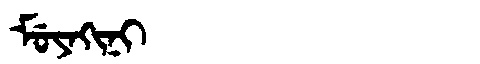
Manchu: ᠮᡠᠶᠠᡴᡳᠨᡳ
Romanization: MUYAKINI